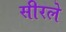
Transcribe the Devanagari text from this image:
सीरले